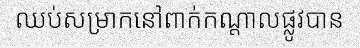
ឈប់សម្រាកនៅពាក់កណ្តាលផ្លូវបាន